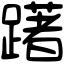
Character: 躇